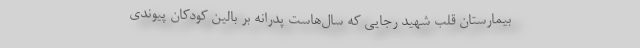
بیمارستان قلب شهید رجایی که سال‌هاست پدرانه بر بالین کودکان پیوندی